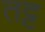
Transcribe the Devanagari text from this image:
तट्ट